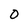
Character: 0